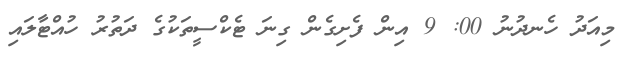
މިއަދު ހެނދުނު 00: 9 އިން ފެށިގެން ގިނަ ޓެކްސީތަކުގެ ދަތުރު ހުއްޓާލައި